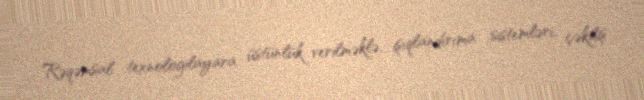
Rəqəmsal texnologilayara üstünlük verilməklə, işıqlandırıma sistemləri, çəkiliş